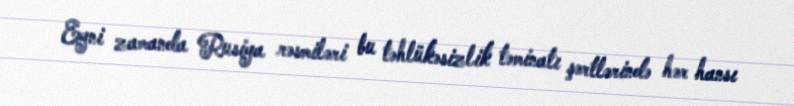
Eyni zamanda Rusiya rəsmiləri bu təhlükəsizlik təminatı şərtlərində hər hansı